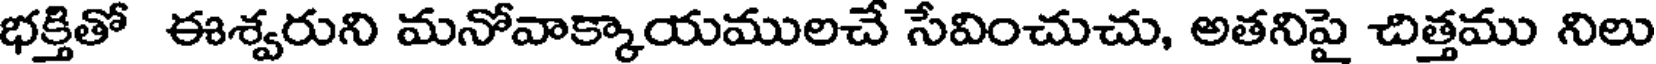
భక్తితో ఈశ్వరుని మనోవాక్కాయములచే సేవించుచు, అతనిపై చిత్తము నిలు